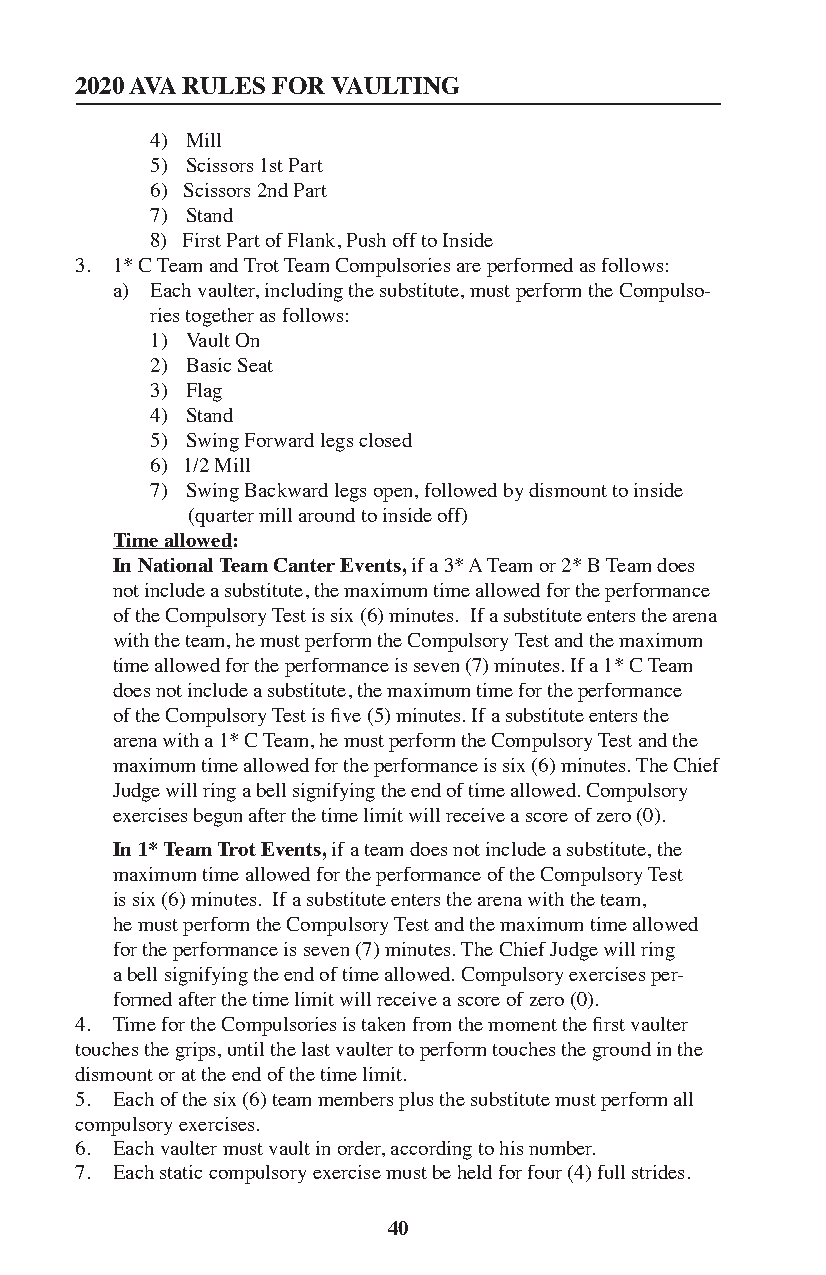
2020 AVA RULES FOR VAULTING
 4) Mill
 5) Scissors 1st Part
 6) Scissors 2nd Part
 7) Stand
 8) First Part of Flank, Push off to Inside
 3. 1* C Team and Trot Team Compulsories are performed as follows:
 a) Each vaulter, including the substitute, must perform the Compulso-
 ries together as follows:
 1) Vault On
 2) Basic Seat
 3) Flag
 4) Stand
 5) Swing Forward legs closed
 6) 1/2 Mill
 7) Swing Backward legs open, followed by dismount to inside
 (quarter mill around to inside off)
 Time allowed:
 In National Team Canter Events, if a 3* A Team or 2* B Team does
 not include a substitute, the maximum time allowed for the performance
 of the Compulsory Test is six (6) minutes. If a substitute enters the arena
 with the team, he must perform the Compulsory Test and the maximum
 time allowed for the performance is seven (7) minutes. If a 1* C Team
 does not include a substitute, the maximum time for the performance
 of the Compulsory Test is five (5) minutes. If a substitute enters the
 arena with a 1* C Team, he must perform the Compulsory Test and the
 maximum time allowed for the performance is six (6) minutes. The Chief
 Judge will ring a bell signifying the end of time allowed. Compulsory
 exercises begun after the time limit will receive a score of zero (0).
 In 1* Team Trot Events, if a team does not include a substitute, the
 maximum time allowed for the performance of the Compulsory Test
 is six (6) minutes. If a substitute enters the arena with the team,
 he must perform the Compulsory Test and the maximum time allowed
 for the performance is seven (7) minutes. The Chief Judge will ring
 a bell signifying the end of time allowed. Compulsory exercises per-
 formed after the time limit will receive a score of zero (0).
 4. Time for the Compulsories is taken from the moment the first vaulter
 touches the grips, until the last vaulter to perform touches the ground in the
 dismount or at the end of the time limit.
 5. Each of the six (6) team members plus the substitute must perform all
 compulsory exercises.
 6. Each vaulter must vault in order, according to his number.
 7. Each static compulsory exercise must be held for four (4) full strides.
 40